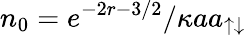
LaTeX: n_{0}=e^{-2r-3/2}/\kappa aa_{\uparrow\downarrow}